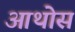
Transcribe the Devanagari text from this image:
आथोस